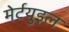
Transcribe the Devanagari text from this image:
मेर्टयुइल